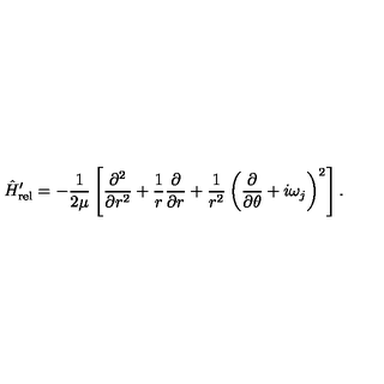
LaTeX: \hat { H } _ { \mathrm { r e l } } ^ { \prime } = - \frac { 1 } { 2 \mu } \left[ \frac { \partial ^ { 2 } } { \partial r ^ { 2 } } + \frac { 1 } { r } \frac { \partial } { \partial r } + \frac { 1 } { r ^ { 2 } } \left( \frac { \partial } { \partial \theta } + i \omega _ { j } \right) ^ { 2 } \right] .